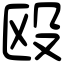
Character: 殴